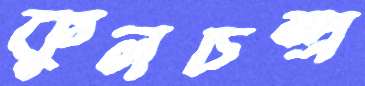
কুলচন্দ্র